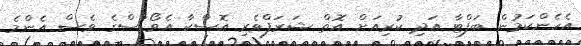
އެހެންކަމުން ބަފްޓާ އަދި ކުރިއަށް އޮތް ޝަރަފްވެރި އޮސްކާ އެވޯޑްސްގެ ވެސް އެންމެ